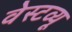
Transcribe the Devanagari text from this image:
वेस्टव्यू